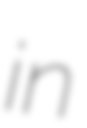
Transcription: in